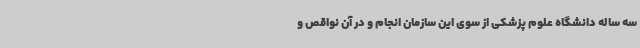
سه ساله دانشگاه علوم پزشکی از سوی این سازمان انجام و در آن نواقص و